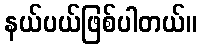
နယ်ပယ်ဖြစ်ပါတယ်။